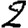
Digit: 2